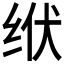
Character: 𫄢